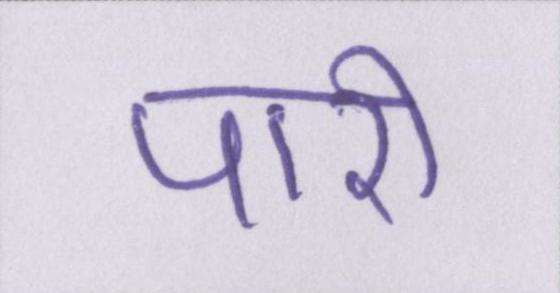
पारी